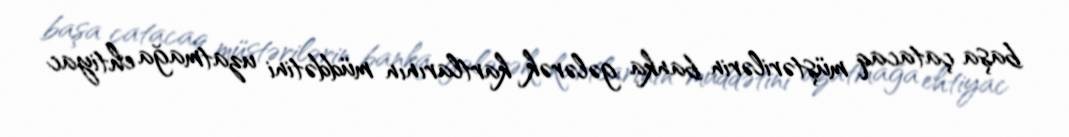
başa çatacaq müştərilərin banka gələrək kartlarının müddətini uzatmağa ehtiyac